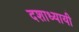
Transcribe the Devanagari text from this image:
दशाध्यायी